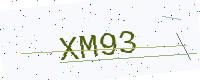
Text: XM93